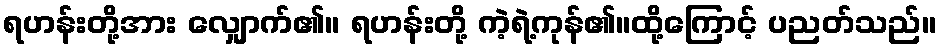
ရဟန်းတို့အား လျှောက်၏။ ရဟန်းတို့ ကဲ့ရဲ့ကုန်၏။ထို့ကြောင့် ပညတ်သည်။